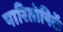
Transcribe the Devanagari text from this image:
पारितोषिकें